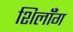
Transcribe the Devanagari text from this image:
शिलॉँग